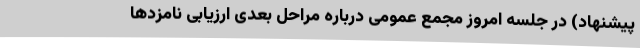
پیشنهاد) در جلسهٔ‌ امروز مجمع عمومی دربارهٔ مراحل بعدی ارزیابی نامزدها